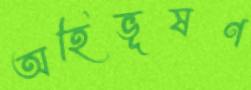
অহিভূষণ